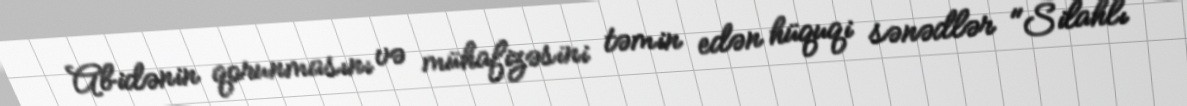
Abidənin qorunmasını və mühafizəsini təmin edən hüquqi sənədlər "Silahlı